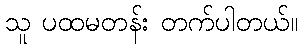
သူ ပထမတန်း တက်ပါတယ်။